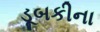
ડૂબકીના